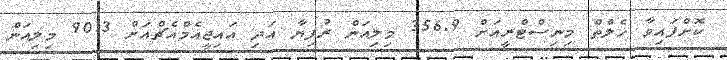
ކޮށްފައިވާ ހެލްތް މިނިސްޓްރީއަށް 356.9 މިލިއަން ރުފިޔާ އަދި އައިޖީއެމްއެޗްއަށް 90.3 މިލިއަން